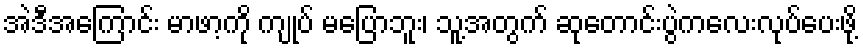
အဲဒီအကြောင်း မာဖာ့ကို ကျုပ် မပြောဘူး၊ သူ့အတွက် ဆုတောင်းပွဲကလေးလုပ်ပေးဖို့